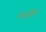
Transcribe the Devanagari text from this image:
७२३९